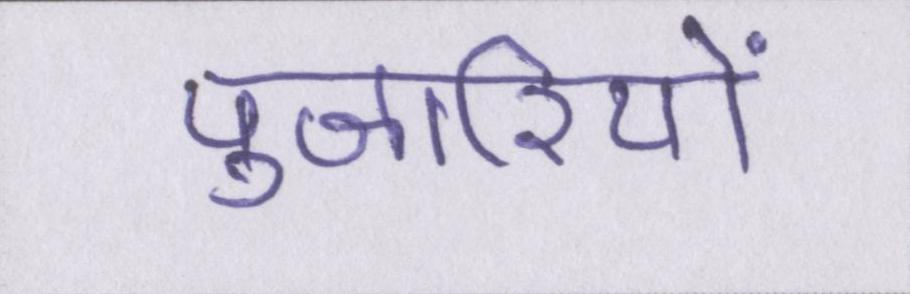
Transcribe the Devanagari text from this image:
पुजारियों